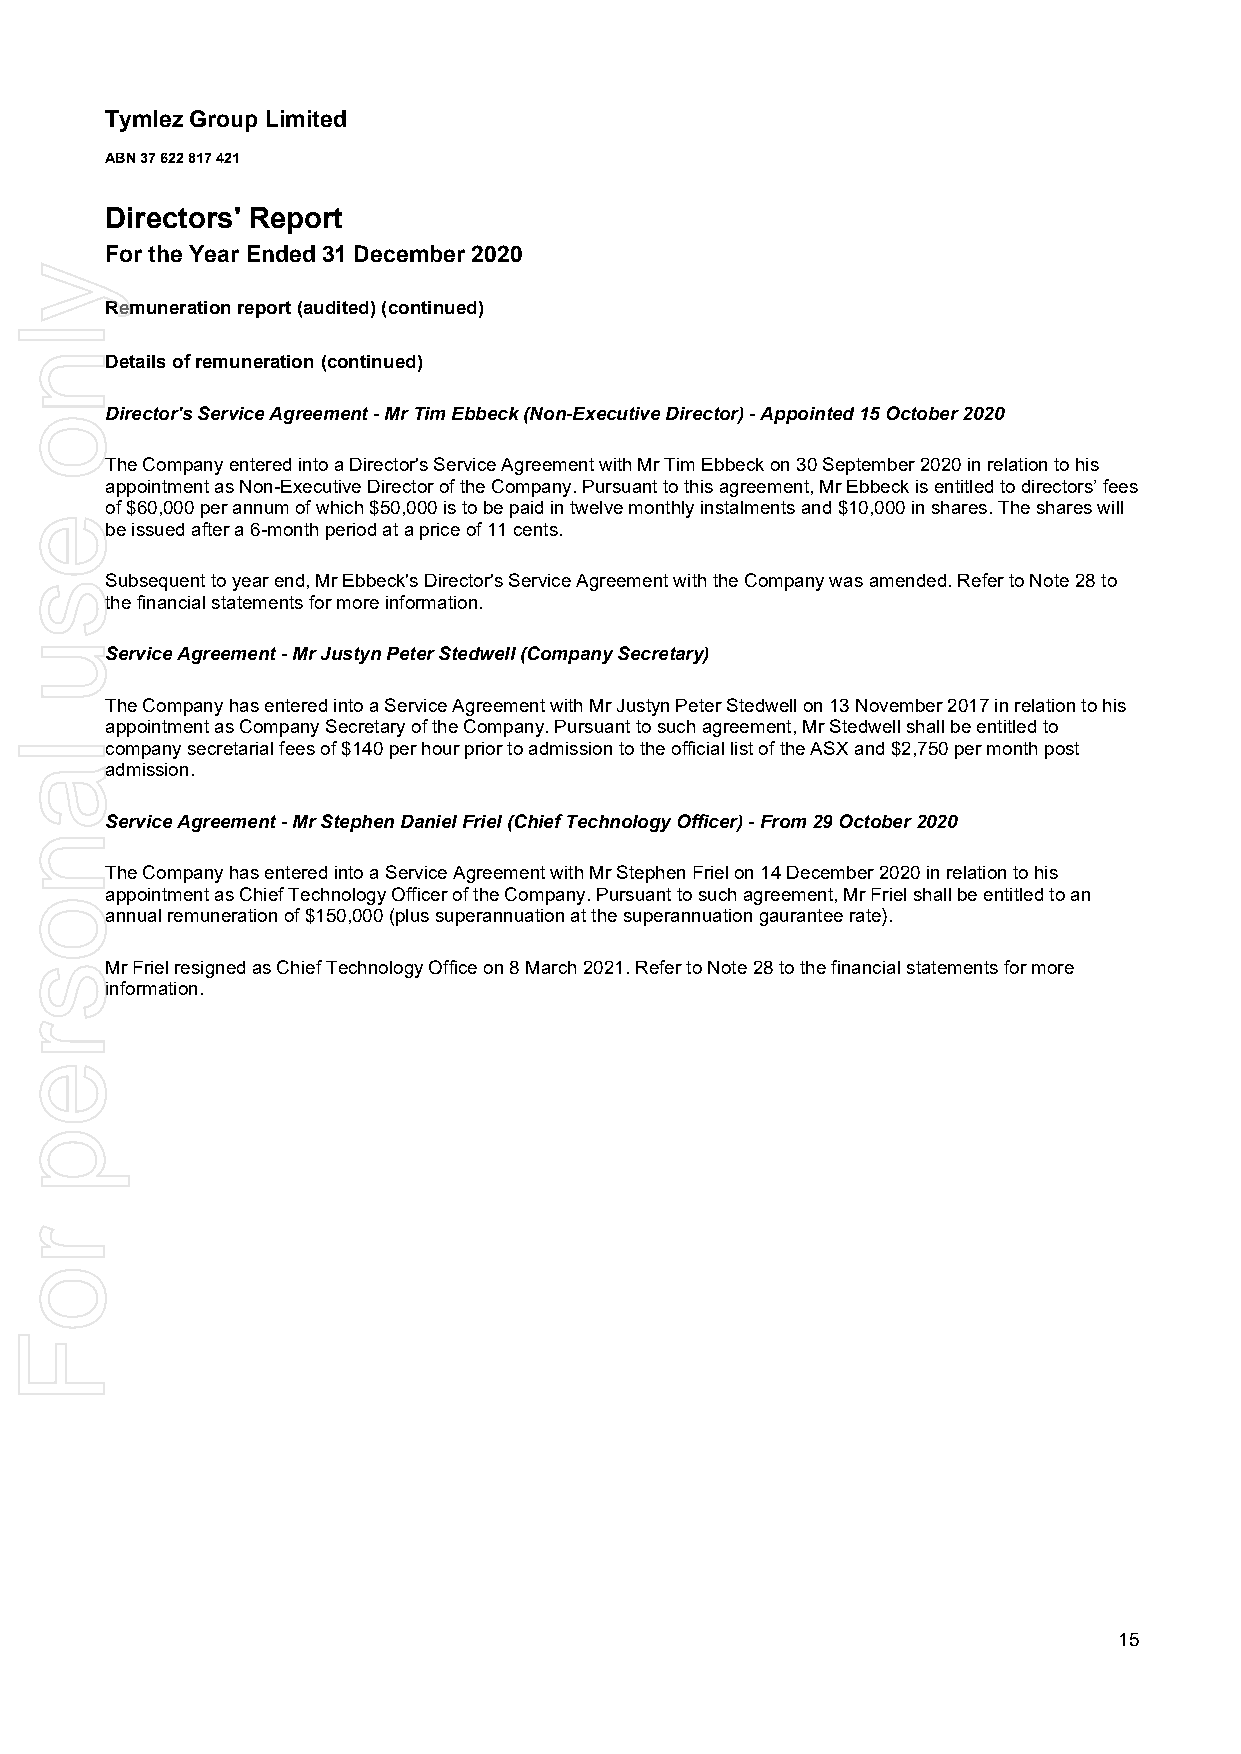
Tymlez Group Limited
 ABN 37 622 817 421
 Directors' Report
 For the Year Ended 31 December 2020
 Remuneration report (audited) (continued)
 Details of remuneration (continued)
 Director's Service Agreement - Mr Tim Ebbeck (Non-Executive Director) - Appointed 15 October 2020
 The Company entered into a Director's Service Agreement with Mr Tim Ebbeck on 30 September 2020 in relation to his
 appointment as Non-Executive Director of the Company. Pursuant to this agreement, Mr Ebbeck is entitled to directors’ fees
 of $60,000 per annum of which $50,000 is to be paid in twelve monthly instalments and $10,000 in shares. The shares will
 be issued after a 6-month period at a price of 11 cents.
 Subsequent to year end, Mr Ebbeck's Director's Service Agreement with the Company was amended. Refer to Note 28 to
 the financial statements for more information.
 Service Agreement - Mr Justyn Peter Stedwell (Company Secretary)
 The Company has entered into a Service Agreement with Mr Justyn Peter Stedwell on 13 November 2017 in relation to his
 appointment as Company Secretary of the Company. Pursuant to such agreement, Mr Stedwell shall be entitled to
 company secretarial fees of $140 per hour prior to admission to the official list of the ASX and $2,750 per month post
 admission.
 Service Agreement - Mr Stephen Daniel Friel (Chief Technology Officer) - From 29 October 2020
 The Company has entered into a Service Agreement with Mr Stephen Friel on 14 December 2020 in relation to his
 appointment as Chief Technology Officer of the Company. Pursuant to such agreement, Mr Friel shall be entitled to an
 annual remuneration of $150,000 (plus superannuation at the superannuation gaurantee rate).
 Mr Friel resigned as Chief Technology Office on 8 March 2021. Refer to Note 28 to the financial statements for more
 information.
 15
 ylno
 esu
 lanosrep
 roF